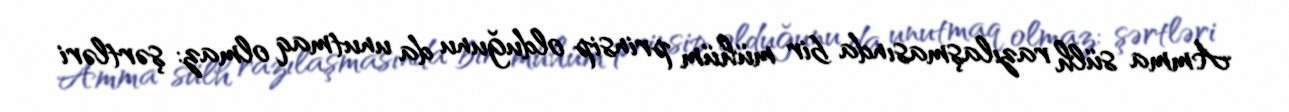
Amma sülh razılaşmasında bir mühüm prinsip olduğunu da unutmaq olmaz: şərtləri